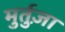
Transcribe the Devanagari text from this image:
मुर्तुज़ा